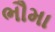
ભૌમા